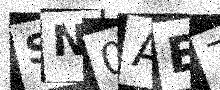
Text: SN0AE7